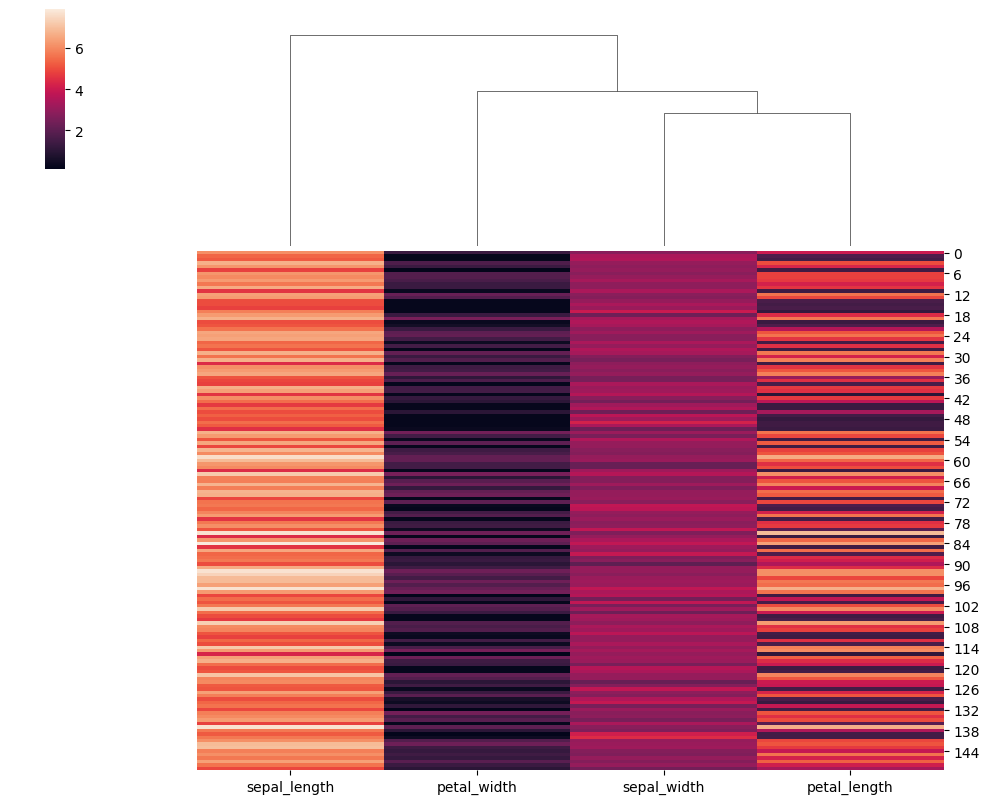
python, seaborn, clustermap, figsize=(10, 8), row_cluster=False, dendrogram_ratio=(0.2, 0.3), cbar_pos=(0.05, 0.8, 0.02, 0.2)